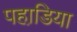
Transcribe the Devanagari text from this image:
पहाडि़या